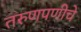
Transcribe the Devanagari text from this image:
तरुणपणीचे